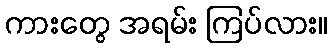
ကားတွေ အရမ်း ကြပ်လား။